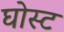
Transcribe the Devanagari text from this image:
घोस्‍ट